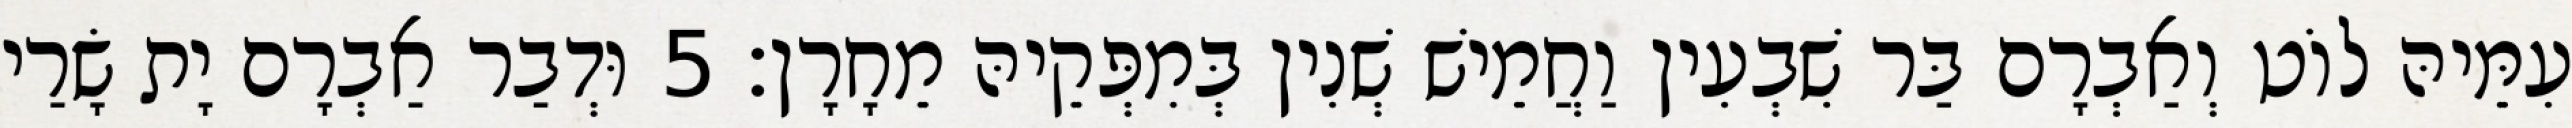
עִמֵּיהּ לוֹט וְאַבְרָם בַּר שִׁבְעִין וַחֲמֵישׁ שְׁנִין בְּמִפְּקֵיהּ מֵחָרָן׃ 5 וּדְבַר אַבְרָם יָת שָׂרַי